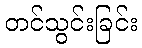
တင်သွင်းခြင်း